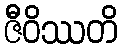
ဇီဝိဿတိ